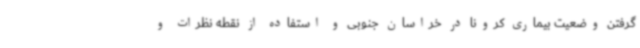
گرفتن وضعیت بیماری کرونا در خراسان جنوبی و استفاده از نقطه نظرات و